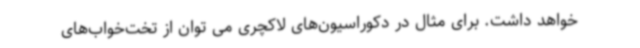
خواهد داشت. برای مثال در دکوراسیون‌های لاکچری می توان از تخت‌خواب‌های